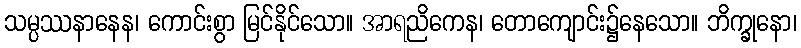
သမ္ပဿနာနေန၊ ကောင်းစွာ မြင်နိုင်သော။ အာရညိကေန၊ တောကျောင်း၌နေသော။ ဘိက္ခုနော၊